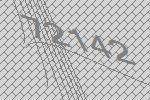
72142